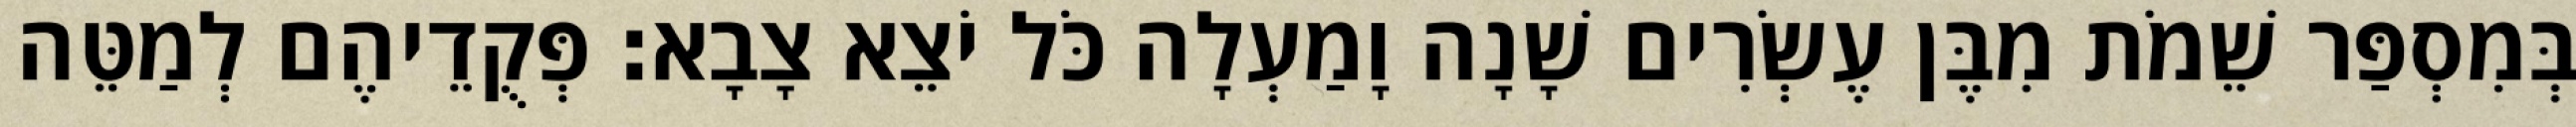
בְּמִסְפַּר שֵׁמֹת מִבֶּן עֶשְׂרִים שָׁנָה וָמַעְלָה כֹּל יֹצֵא צָבָא׃ פְּקֻדֵיהֶם לְמַטֵּה